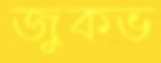
জুকভ